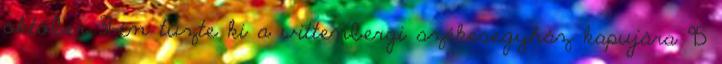
október 31-én tűzte ki a wittenbergi székesegyház kapujára 95